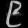
Digit: ၉